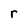
Character: r